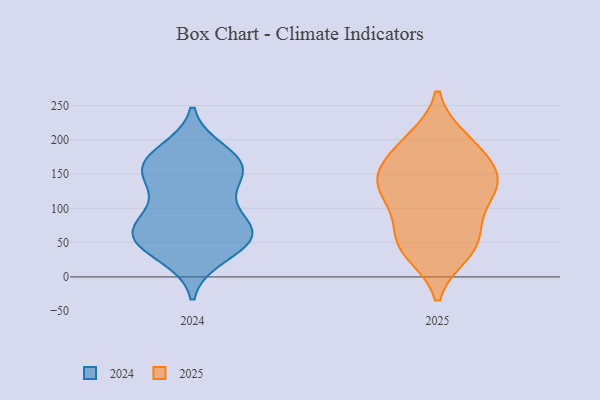
{"axis": {"x": "Energy Usage (MWh)", "y": "Value"}, "legend": ["2024", "2025"], "data": [{"x": "", "y": 53, "type": "2024"}, {"x": "", "y": 32, "type": "2024"}, {"x": "", "y": 165, "type": "2024"}, {"x": "", "y": 54, "type": "2024"}, {"x": "", "y": 87, "type": "2024"}, {"x": "", "y": 70, "type": "2024"}, {"x": "", "y": 50, "type": "2024"}, {"x": "", "y": 69, "type": "2024"}, {"x": "", "y": 145, "type": "2024"}, {"x": "", "y": 182, "type": "2024"}, {"x": "", "y": 68, "type": "2024"}, {"x": "", "y": 163, "type": "2024"}, {"x": "", "y": 119, "type": "2024"}, {"x": "", "y": 157, "type": "2024"}, {"x": "", "y": 164, "type": "2024"}, {"x": "", "y": 131, "type": "2025"}, {"x": "", "y": 146, "type": "2025"}, {"x": "", "y": 142, "type": "2025"}, {"x": "", "y": 112, "type": "2025"}, {"x": "", "y": 53, "type": "2025"}, {"x": "", "y": 55, "type": "2025"}, {"x": "", "y": 181, "type": "2025"}, {"x": "", "y": 195, "type": "2025"}, {"x": "", "y": 200, "type": "2025"}, {"x": "", "y": 41, "type": "2025"}, {"x": "", "y": 151, "type": "2025"}, {"x": "", "y": 36, "type": "2025"}, {"x": "", "y": 134, "type": "2025"}, {"x": "", "y": 91, "type": "2025"}]}